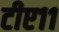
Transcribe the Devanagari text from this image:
टीए११